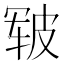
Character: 皲